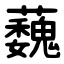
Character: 蘶